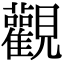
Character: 觀